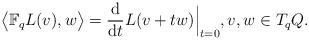
LaTeX: \begin{gather*} \bigl\langle \mathbb{F} _q L (v) , w \bigr\rangle = \frac{\mathrm{d}}{\mathrm{d}t} L ( v + t w ) \Bigr\rvert _{ t = 0 }, v, w \in T _q Q .\end{gather*}